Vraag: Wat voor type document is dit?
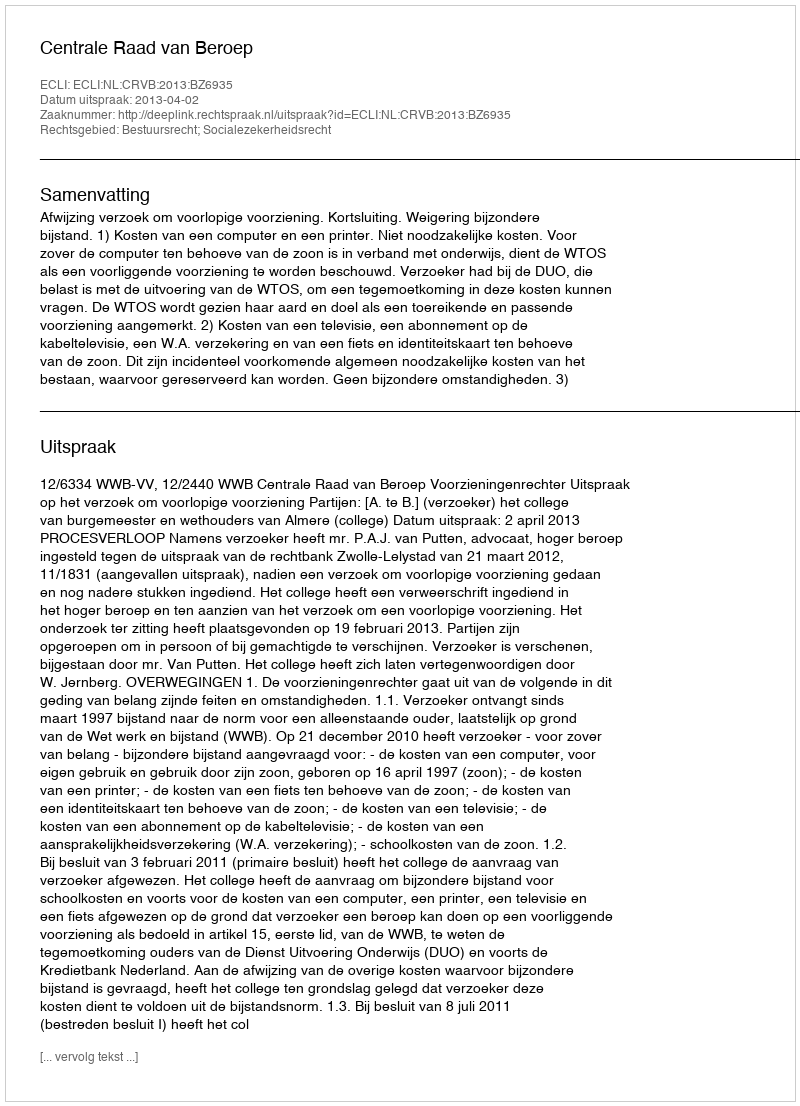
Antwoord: Uitspraak